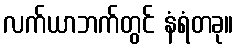
လက်ယာဘက်တွင် နံရံတခု။